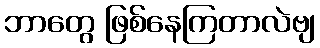
ဘာတွေ ဖြစ်နေကြတာလဲဗျ